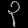
Digit: ၃